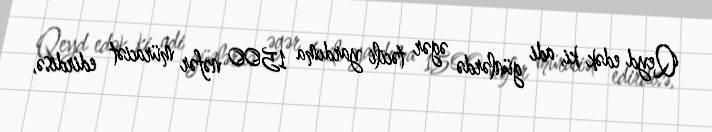
Qeyd edək ki, adi günlərdə əgər təcili yardıma 1500 nəfər müraciət edirdisə,